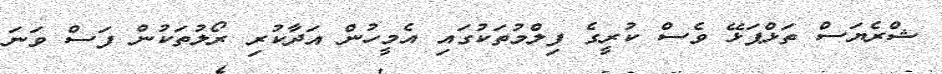
ޝްރެޔަސް ތަޅްޕަޅޭ ވެސް ކުރީގެ ފިލްމުތަކުގައި އެމީހުން އަދާކުރި ރޯލުތަކުން ފަސް ވަނަ